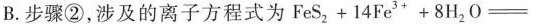
B.步骤②，涉及的离子方程式为FeS_{2}+14Fe^{3+}+8H_{2}O=